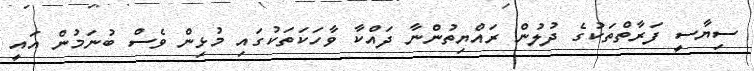
ސިޔާސީ ފަރާތްތަކުގެ ދުލުން ރައްޔިތުންނާ ދައްކާ ވާހަކަތަކުގައި މުޅިން ވެސް ބުނަމުން އައީ